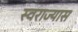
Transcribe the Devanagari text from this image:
स्वराज्यास